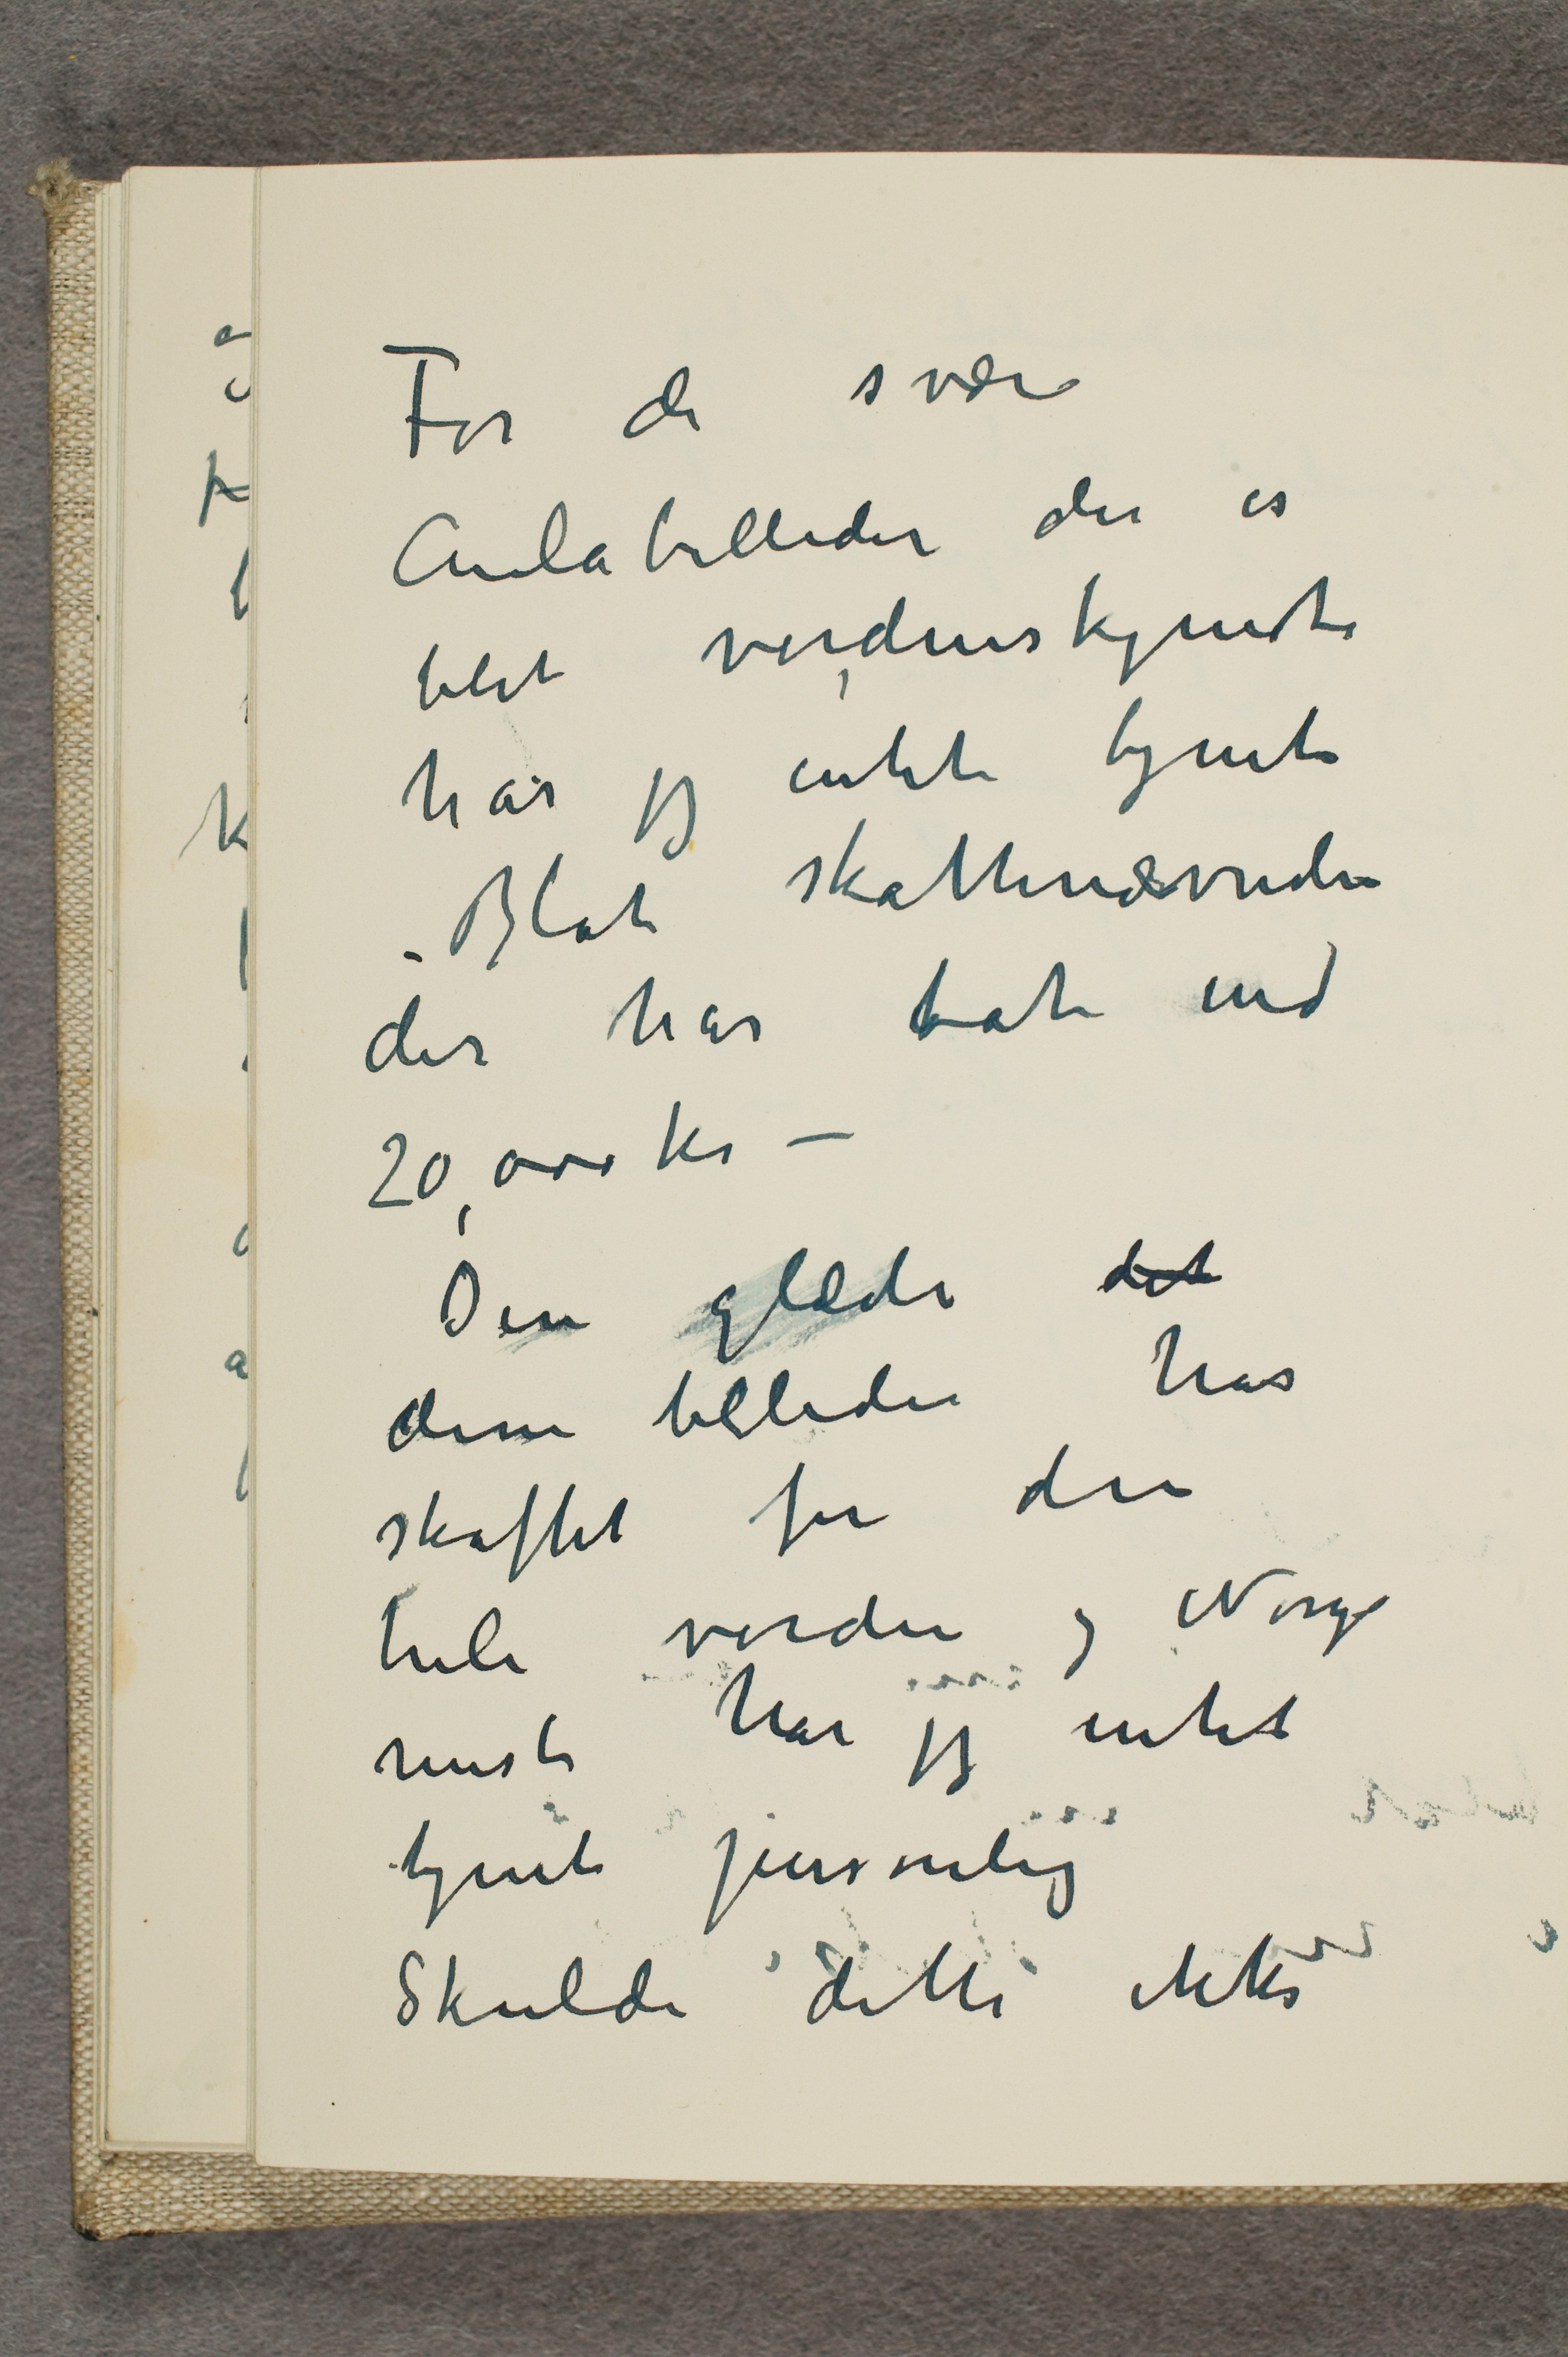
For de svære
Aulabilleder der er
blit verdenskjendte
har jeg intet tjent
- Blot skattenævnden
der har tat ind
20.000 kr -
Den glæde det
disse billeder har
skaffet for den
hele verden og Norge
mest har jeg intet
tjent personlig
Skulde dette ikke